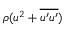
\rho ( u ^ { 2 } + \overline { { u ^ { \prime } u ^ { \prime } } } )